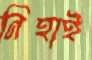
নিহাই